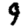
Digit: 9